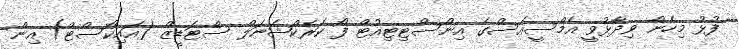
ފުޅު މިހެން ވިދާޅުވީ އެމްސީއެސްގެ އިންސްޓިޓިއުޓް ފޯ ކަރެކްޝަނަލް ސްޓަޑީޒް (އައިކޯސްޓް) އިން